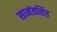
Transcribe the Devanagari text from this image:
सामंतसिंह